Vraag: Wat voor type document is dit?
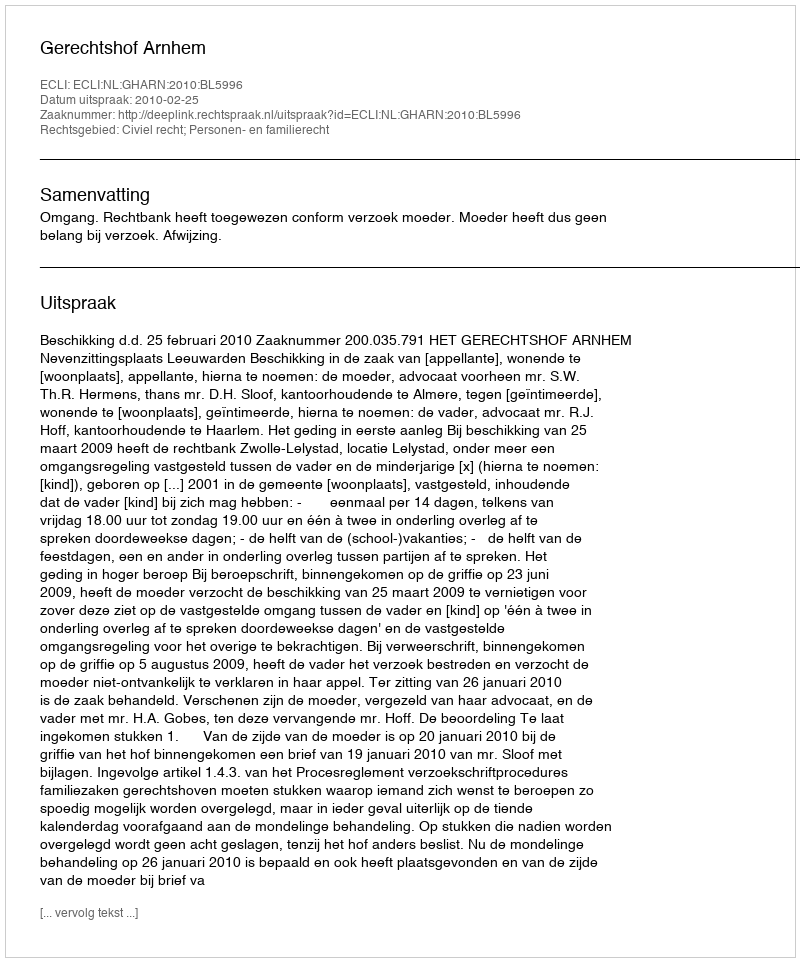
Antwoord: Uitspraak